Lunatic asylums Central Provinces reports 1874-1885 - 1874-1885
Year: 1874
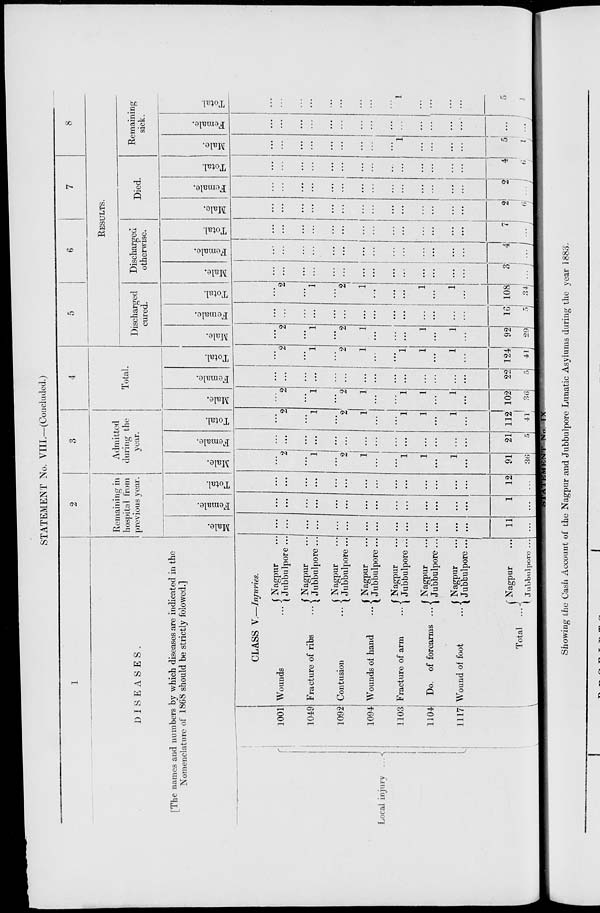
STATEMENT No. VIII.—(Concluded.)
1
DISEASES.
[The names and numbers by which diseases are indicated in the
Nomenclature of 1868 should be strictly folowed.]
Local injury ...
1001
1049
1092
1094
1103
1104
1117
CLASS V.—Injuries.
Wounds ...
Fracture of ribs
...
Contusion
...
Wounds of hand
...
Fracture of arm
...
Do. of forearms ...
Wound of foot
...
Total ...
Nagpur ...
Jubbulpore ...
Nagpur ...
Jubbulpore ...
Nagpur ...
Jubbulpore ...
Nagpur ...
Jubbulpore ...
Nagpur ...
Jubbulpore ...
Nagpur ...
Jubbulpore ...
Nagpur ...
Jubbulpore ...
Nagpur ...
Jubbulpore ...
2
Remaining in
hospital from
previous year.
Male.
...
...
...
...
...
...
...
...
...
...
...
...
...
...
11
...
Female.
...
...
...
...
...
...
...
...
...
...
...
...
...
...
1
...
Total.
...
...
...
...
...
...
...
...
...
...
...
...
...
...
12
...
3
Admitted
during the
year.
Male.
...
...
...
1
...
2
1
...
...
1
1
...
1
...
91
36
Female.
...
2
...
...
...
...
...
...
...
...
...
...
...
...
21
5
Total.
...
2
...
1
...
2
1
...
...
1
1
...
1
...
112
41
4
Total.
Male.
...
2
...
1
...
2
1
...
...
1
1
...
1
...
102
36
Female.
...
...
...
...
...
...
...
...
...
...
...
...
...
...
22
5
Total.
...
2
...
1
...
2
1
...
...
1
1
...
1
...
124
41
5
6
7
8
RESULTS.
Discharged
cured.
Male.
...
2
...
1
...
2
1
...
...
...
1
...
1
...
92
29
Female.
...
...
...
...
...
...
...
...
...
...
...
...
...
...
16
5
Total.
...
2
...
1
...
2
1
...
...
...
1
...
1
...
108
34
Discharged
otherwise.
Male.
...
...
...
...
...
...
...
...
...
...
...
...
...
...
3
...
Female.
...
...
...
...
...
...
...
...
...
...
...
...
...
...
4
...
Total.
...
...
...
...
...
...
...
...
...
...
...
...
...
...
7
...
Died.
Male.
...
...
...
...
...
...
...
...
...
...
...
...
...
2
6
Female.
...
...
...
...
...
...
...
...
...
...
...
...
...
...
2
...
Total.
...
...
...
...
...
...
...
...
...
...
...
...
...
...
4
6
Remaining
sick.
Male.
...
...
...
...
...
...
...
...
...
1
...
...
...
...
5
1
Female.
...
...
...
...
...
...
...
...
...
...
...
...
...
...
...
...
Total.
...
...
...
...
...
...
...
...
1
...
...
...
...
5
1